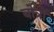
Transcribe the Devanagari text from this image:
बोत्रों